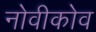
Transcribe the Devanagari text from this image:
नोवीकोव